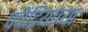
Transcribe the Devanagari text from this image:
पंचेंद्रियांच्या